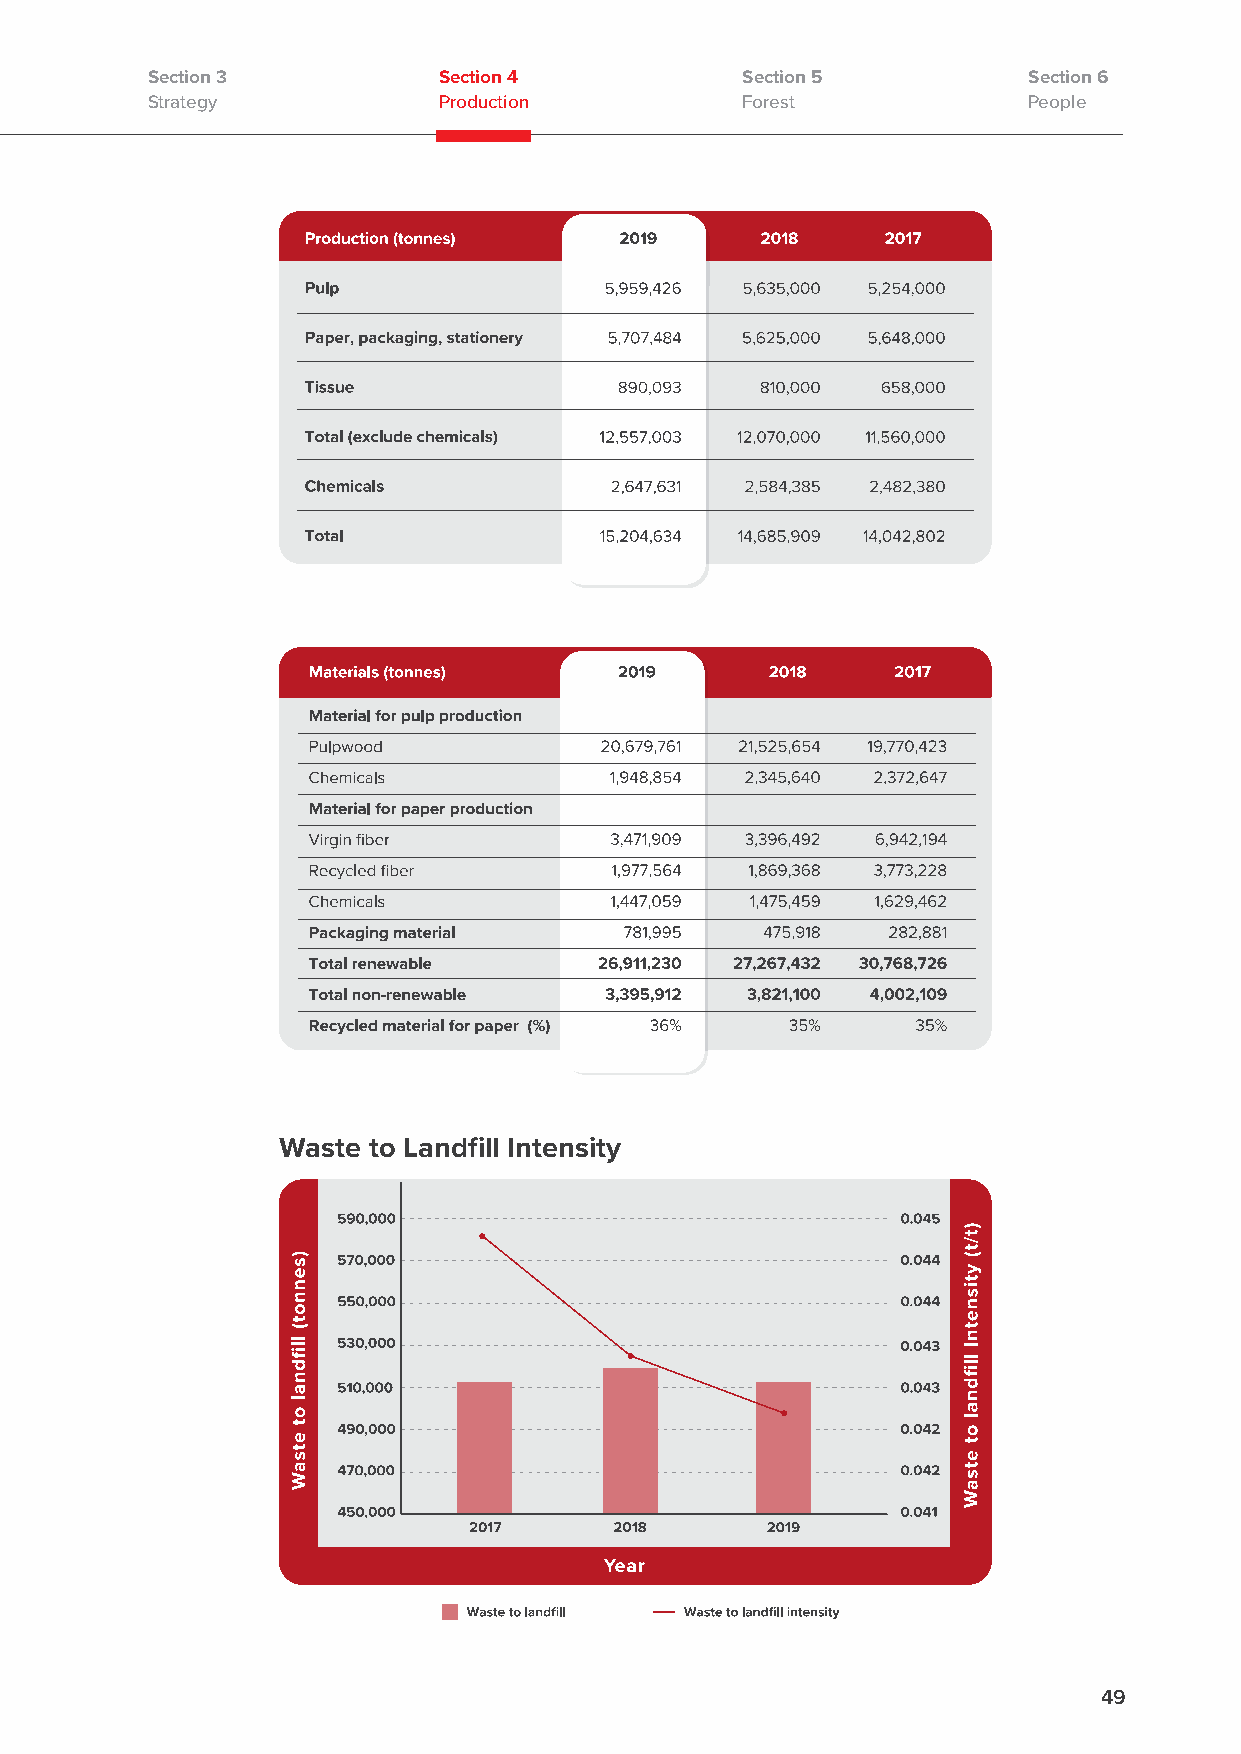
Section 3          Section 4           Section 5          Section 6
 Strategy           Production          Forest             People
 Waste to Landfill Intensity
 49